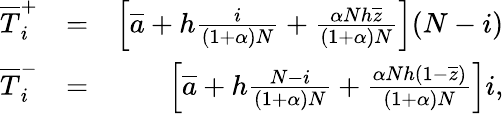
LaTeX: \begin{array}{rlr}{\overline{T}_{i}^{+}}&{=}&{\left[\overline{a}+h\frac{i}{(1+\alpha)N}+\frac{\alpha Nh\overline{{z}}}{(1+\alpha)N}\right](N-i)}\\ {\overline{T}_{i}^{-}}&{=}&{\left[\overline{a}+h\frac{N-i}{(1+\alpha)N}+\frac{\alpha Nh(1-\overline{{z}})}{(1+\alpha)N}\right]i,}\end{array}